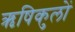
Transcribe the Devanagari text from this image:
ऋषिकुलों